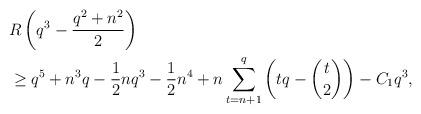
LaTeX: \begin{align*}& R \left( q^3 - \frac{q^{2} + n^2}{2}\right) \\ &\ge q^{5} + n^3q - \frac12 nq^3 - \frac12 n^4 + n \sum_{t=n+1}^{q} \left( tq - {t \choose 2} \right) - C_1 q^3,\end{align*}